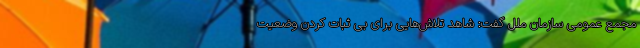
مجمع عمومی سازمان ملل گفت: شاهد تلاش‌هایی برای بی ثبات کردن وضعیت